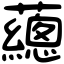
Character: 𧄉